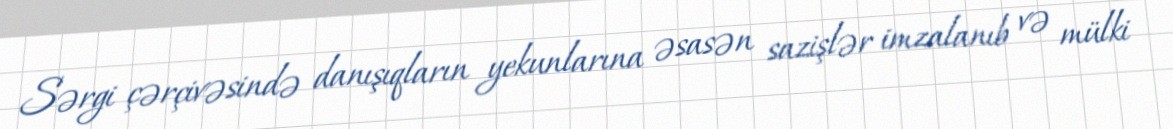
Sərgi çərçivəsində danışıqların yekunlarına əsasən sazişlər imzalanıb və mülki